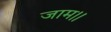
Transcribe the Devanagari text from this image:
जाम।।